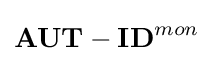
\mathbf {AUT-ID} ^{mon}